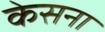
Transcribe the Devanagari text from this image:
केसना